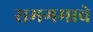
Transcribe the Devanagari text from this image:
समगमाचे